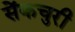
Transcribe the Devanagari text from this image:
सेंकचुरी